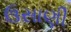
ઉસાણી